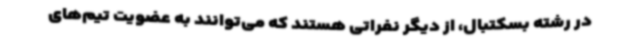
در رشته بسکتبال، از دیگر نفراتی هستند که می‌توانند به عضویت تیم‌های